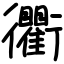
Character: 衢